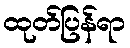
ထုတ်ပြန်ရာ